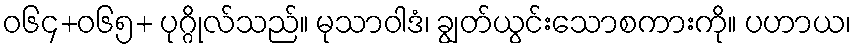
ဝ၆၄+၀၆၅+ ပုဂ္ဂိုလ်သည်။ မုသာဝါဒံ၊ ချွတ်ယွင်းသောစကားကို။ ပဟာယ၊